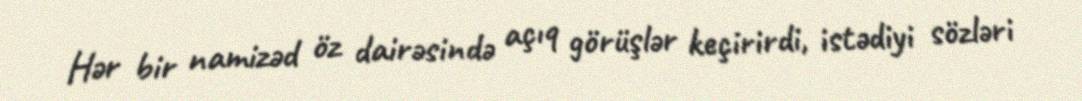
Hər bir namizəd öz dairəsində açıq görüşlər keçirirdi, istədiyi sözləri